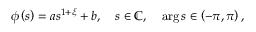
\phi \left( s \right) = a s ^ { 1 + \xi } + b , \quad s \in \mathbb { C } , \quad \arg s \in \left( - \pi , \pi \right) ,